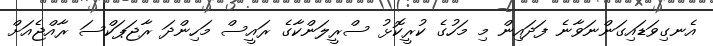
އެނގިވަޑައިގަންނަވާނެ ފަދައިން މި މަހުގެ ކުރީކޮޅު ސްރީލަންކާގެ ރައީސް މަހިންދަ ރާޖަޕަކްސަ ރާއްޖެއަށް